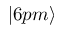
| 6 p m \rangle